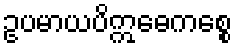
ဥပမာယပိဣဓေကစ္စေ